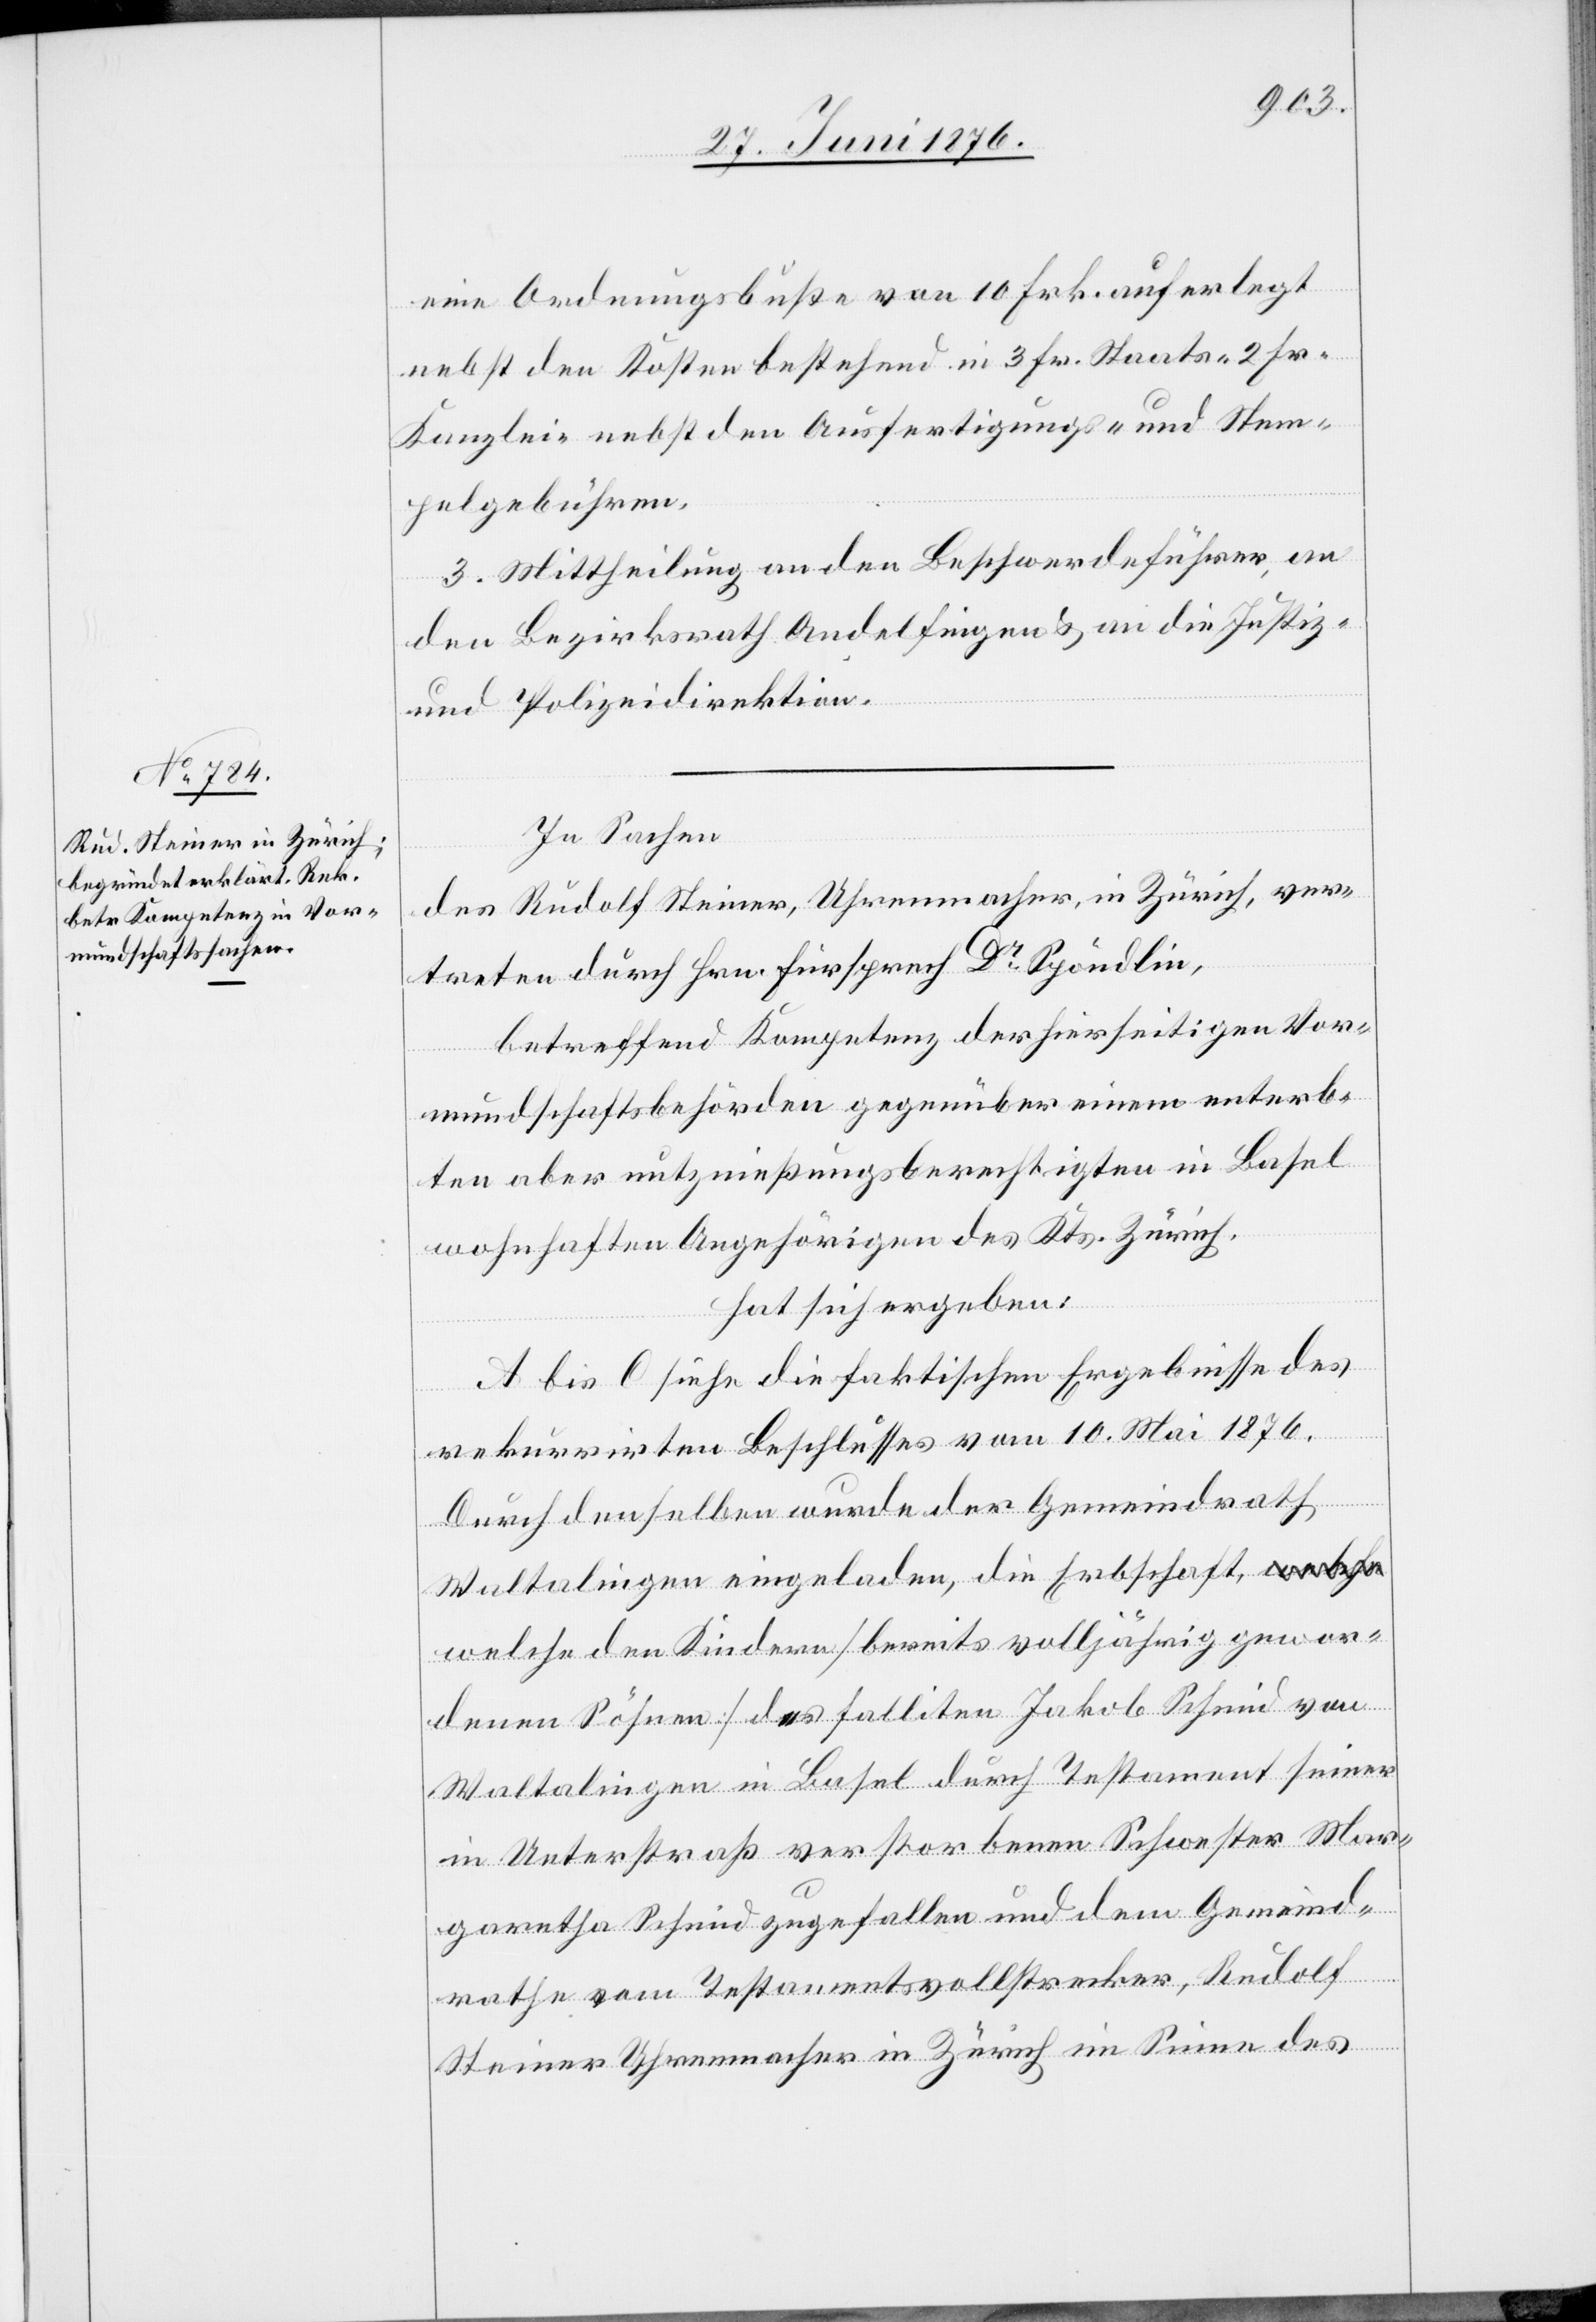
eine Ordnungsbuße von 10 Frk. auferlegt
nebst den Kosten bestehend in 3 Frk. Staats- 2 Frk.
Kanzlei- nebst den Ausfertigungs- und Stem¬
pelgebühren.
3. Mittheilung an den Beschwerdeführer, an
den Bezirksrath Andelfingen & an die Justiz-
und Polizeidirektion.
In Sachen
des Rudolf Steiner, Uhrmacher, in Zürich, ver¬
treten durch Hrn. Fürsprech Dr Spöndlin,
betreffend Kompetenz der hierseitigen Vor¬
mundschaftsbehörden gegenüber einem enterb¬
ten aber nutznießungsberechtigen in Basel
wohnhaften Angehörigen des Kts. Zürich,
hat sich ergeben:
A bis C siehe die faktischen Ergebnisse des
rekurrirten Beschlusses vom 10. Mai 1876.
Durch denselben wurde der Gemeindrath
Waltalingen eingeladen, die Erbschaft,
welche den Kindern [bereits volljährig gewor¬
denen Söhnen] des falliten Jakob Schmid von
Waltalingen in Basel durch Testament seiner
in Unterstraß verstorbenen Schwester Mar¬
garetha Schmid zugefallen und dem Gemeind¬
rathe vom Testamentsvollstrecker, Rudolf
Steiner Uhrmacher in Zürich im Sinne des